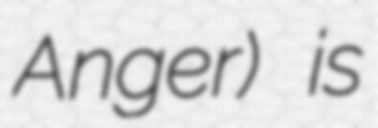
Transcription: Anger) is